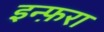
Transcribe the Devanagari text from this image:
इन्फ़रा